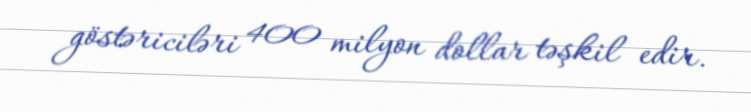
göstəriciləri 400 milyon dollar təşkil edir.